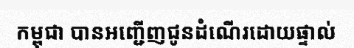
កម្ពុជា បានអញ្ជើញជូនដំណើរដោយផ្ទាល់